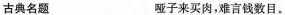
古典名题 哑子来买肉，难言钱数目。